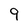
Character: 9